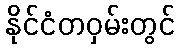
နိုင်ငံတဝှမ်းတွင်